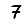
Digit: 7